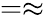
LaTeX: =\approx